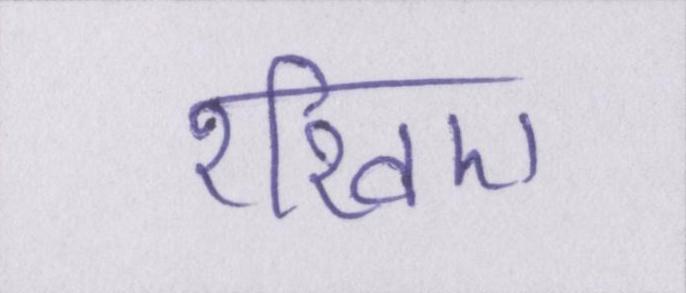
रखिए